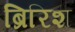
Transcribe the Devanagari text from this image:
ब्रिरिश